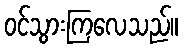
ဝင်သွားကြလေသည်။